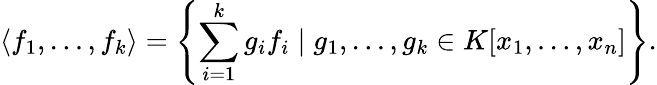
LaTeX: \langle f_{1},\ldots,f_{k}\rangle=\left\{ \sum_{i=1}^{k}g_{i}f_{i}\; |\; g_{1},\ldots,g_{k}\in K[x_{1},\ldots,x_{n}]\right\} .